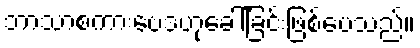
ဘာသာစကားဗေဒဟုခေါ်ခြင်းဖြစ်ပေသည်။